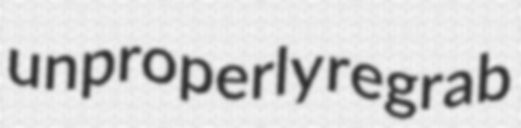
unproperly regrab